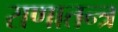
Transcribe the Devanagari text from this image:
राणातन्त्र